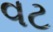
વટ